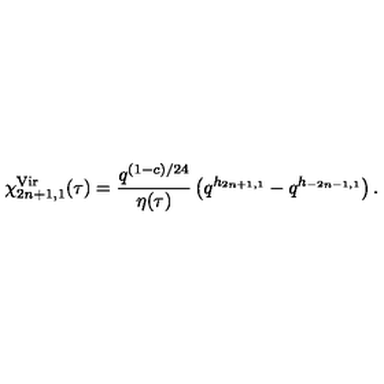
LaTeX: \chi _ { 2 n + 1 , 1 } ^ { \mathrm { V i r } } ( \tau ) = \frac { q ^ { ( 1 - c ) / 2 4 } } { \eta ( \tau ) } \left( q ^ { h _ { 2 n + 1 , 1 } } - q ^ { h _ { - 2 n - 1 , 1 } } \right) .